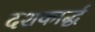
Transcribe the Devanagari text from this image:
दशकार्द्ध